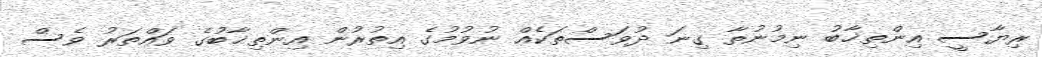
ރިޔާސީ އިންތިޚާބު ނިމުނުތާ ގިނަ ދުވަސްތަކެއް ނުވުމުގެ އިތުރުން އިންތިޚާބުގެ ވައްތަރު ވެސް